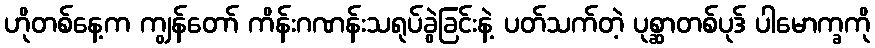
ဟိုတစ်နေ့က ကျွန်တော် ကိန်းဂဏန်းသရုပ်ခွဲခြင်းနဲ့ ပတ်သက်တဲ့ ပုစ္ဆာတစ်ပုဒ် ပါမောက္ခကို